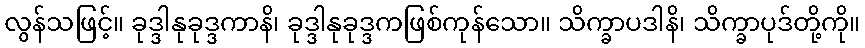
လွန်သဖြင့်။ ခုဒ္ဒါနုခုဒ္ဒကာနိ၊ ခုဒ္ဒါနုခုဒ္ဒကဖြစ်ကုန်သော။ သိက္ခာပဒါနိ၊ သိက္ခာပုဒ်တို့ကို။